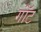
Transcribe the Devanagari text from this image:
गॉंट